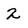
Character: 2